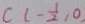
c ( - \frac { 1 } { 2 } , 0